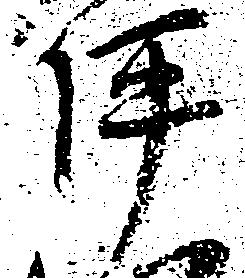
坪